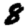
Digit: 8